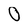
Character: 0